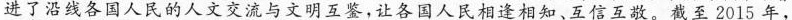
进了沿线各国人民的人文交流与文明互鉴，让各国人民相逢相知、互信互敬。截至2015年，